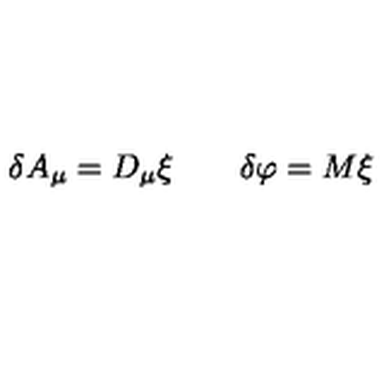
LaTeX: \delta A _ { \mu } = D _ { \mu } \xi \qquad \delta \varphi = M \xi